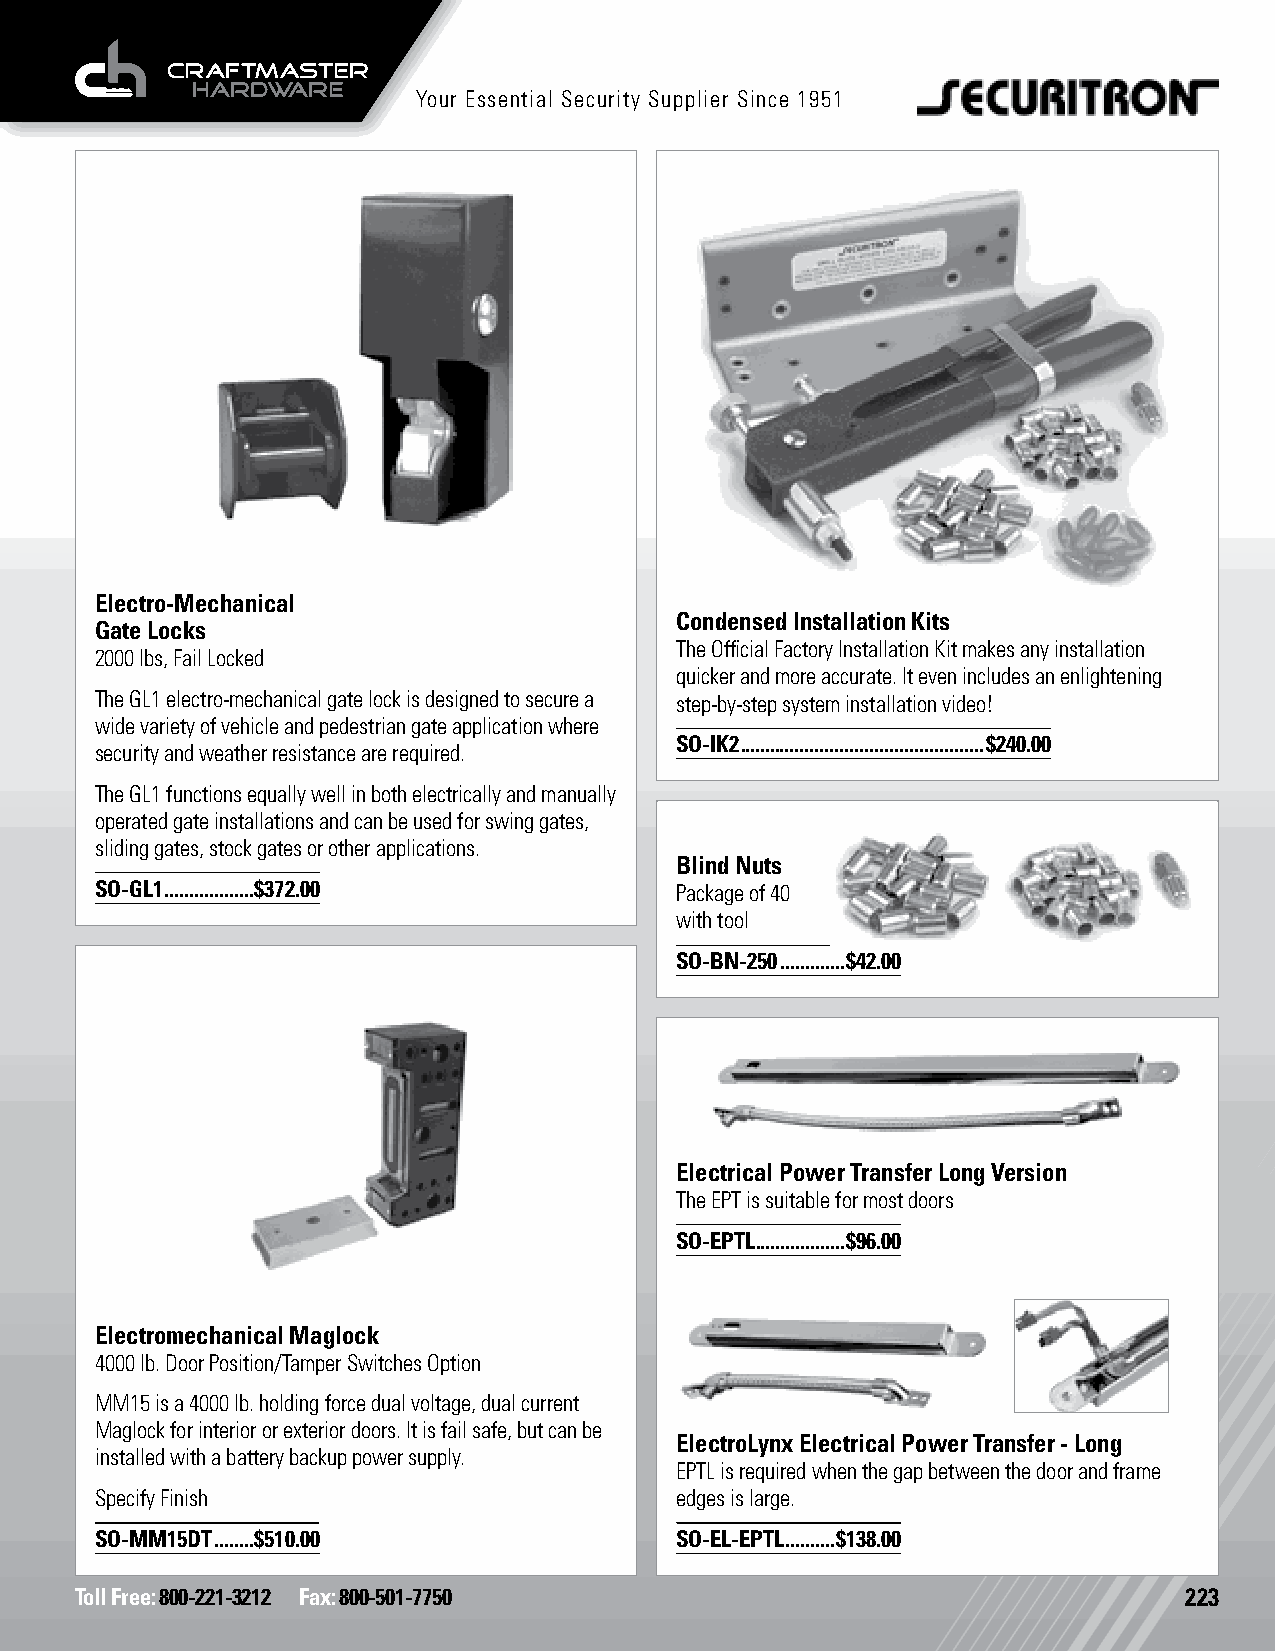
Your Essential Security Supplier Since 1951
 Electro-Mechanical
 Condensed Installation Kits
 Gate Locks
 The Official Factory Installation Kit makes any installation
 2000 lbs, Fail Locked
 quicker and more accurate. It even includes an enlightening
 The GL1 electro-mechanical gate lock is designed to secure a step-by-step system installation video!
 wide variety of vehicle and pedestrian gate application where
 SO-IK2 .................................................$240.00
 security and weather resistance are required.
 The GL1 functions equally well in both electrically and manually
 operated gate installations and can be used for swing gates,
 sliding gates, stock gates or other applications.
 Blind Nuts
 SO-GL1 ..................$372.00       Package of 40
 with tool
 SO-BN-250 .............$42.00
 Electrical Power Transfer Long Version
 The EPT is suitable for most doors
 SO-EPTL ..................$96.00
 Electromechanical Maglock
 4000 lb. Door Position/Tamper Switches Option
 MM15 is a 4000 lb. holding force dual voltage, dual current
 Maglock for interior or exterior doors. It is fail safe, but can be
 ElectroLynx Electrical Power Transfer - Long
 installed with a battery backup power supply.
 EPTL is required when the gap between the door and frame
 Specify Finish                         edges is large.
 SO-MM15DT ........$510.00              SO-EL-EPTL ..........$138.00
 Toll Free: 800-221-3212 Fax: 800-501-7750                                223